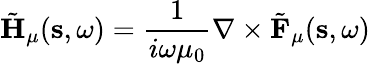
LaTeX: \tilde{\mathbf{H}}_{\mu}(\mathbf{s},\omega)=\frac{1}{i\omega\mu_{0}}\nabla\times\tilde{\mathbf{F}}_{\mu}(\mathbf{s},\omega)